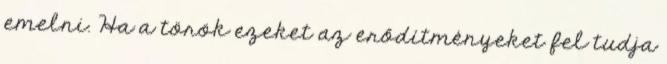
emelni. Ha a török ezeket az erődítményeket fel tudja